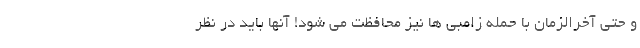
و حتی آخرالزمان با حمله زامبی ها نیز محافظت می شود! آنها باید در نظر